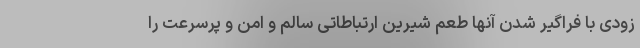
زودی با فراگیر شدن آنها طعم شیرین ارتباطاتی سالم و امن و پرسرعت را